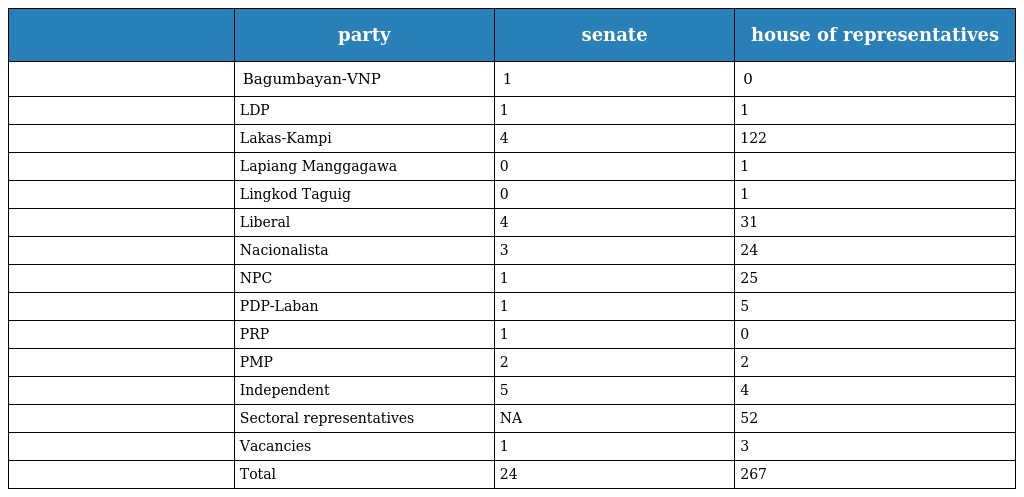
|  | party | senate | house of representatives |
 | --- | --- | --- | --- |
 |  | Bagumbayan-VNP | 1 | 0 |
 |  | LDP | 1 | 1 |
 |  | Lakas-Kampi | 4 | 122 |
 |  | Lapiang Manggagawa | 0 | 1 |
 |  | Lingkod Taguig | 0 | 1 |
 |  | Liberal | 4 | 31 |
 |  | Nacionalista | 3 | 24 |
 |  | NPC | 1 | 25 |
 |  | PDP-Laban | 1 | 5 |
 |  | PRP | 1 | 0 |
 |  | PMP | 2 | 2 |
 |  | Independent | 5 | 4 |
 |  | Sectoral representatives | NA | 52 |
 |  | Vacancies | 1 | 3 |
 |  | Total | 24 | 267 |